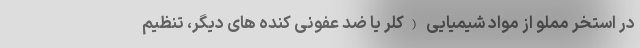
در استخر مملو از مواد شیمیایی (کلر یا ضد عفونی کنده های دیگر، تنظیم